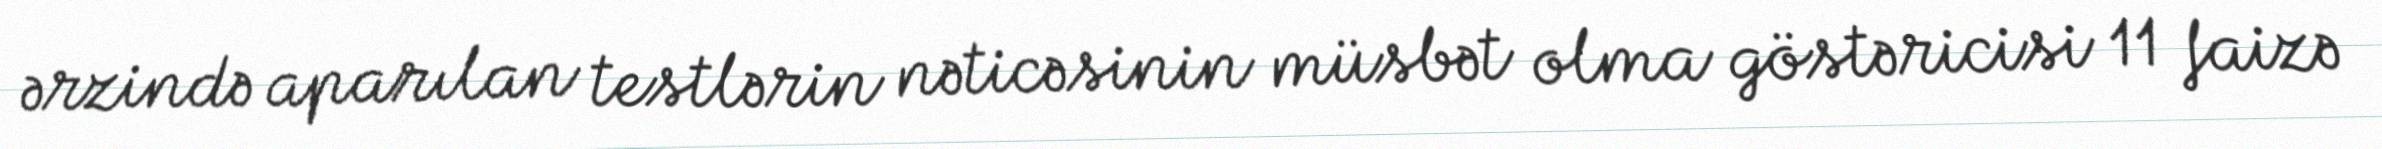
ərzində aparılan testlərin nəticəsinin müsbət olma göstəricisi 11 faizə